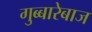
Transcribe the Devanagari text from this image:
गुब्बारेबाज